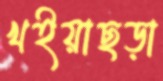
খইয়াছড়া